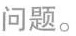
问题。